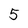
Character: 5